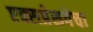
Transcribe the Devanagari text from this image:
एक्सप्रेसवेचा